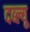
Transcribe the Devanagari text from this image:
दब्ल्यू